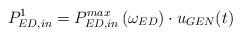
LaTeX: \begin{align*}P_{ED,in}^{1}=P_{ED,in}^{max}\left( {{\omega }_{ED}} \right)\cdot {{u}_{GEN}}(t)\end{align*}